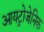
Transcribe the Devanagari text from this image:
आयट्रोजेनिक